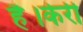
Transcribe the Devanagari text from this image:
है।केरी